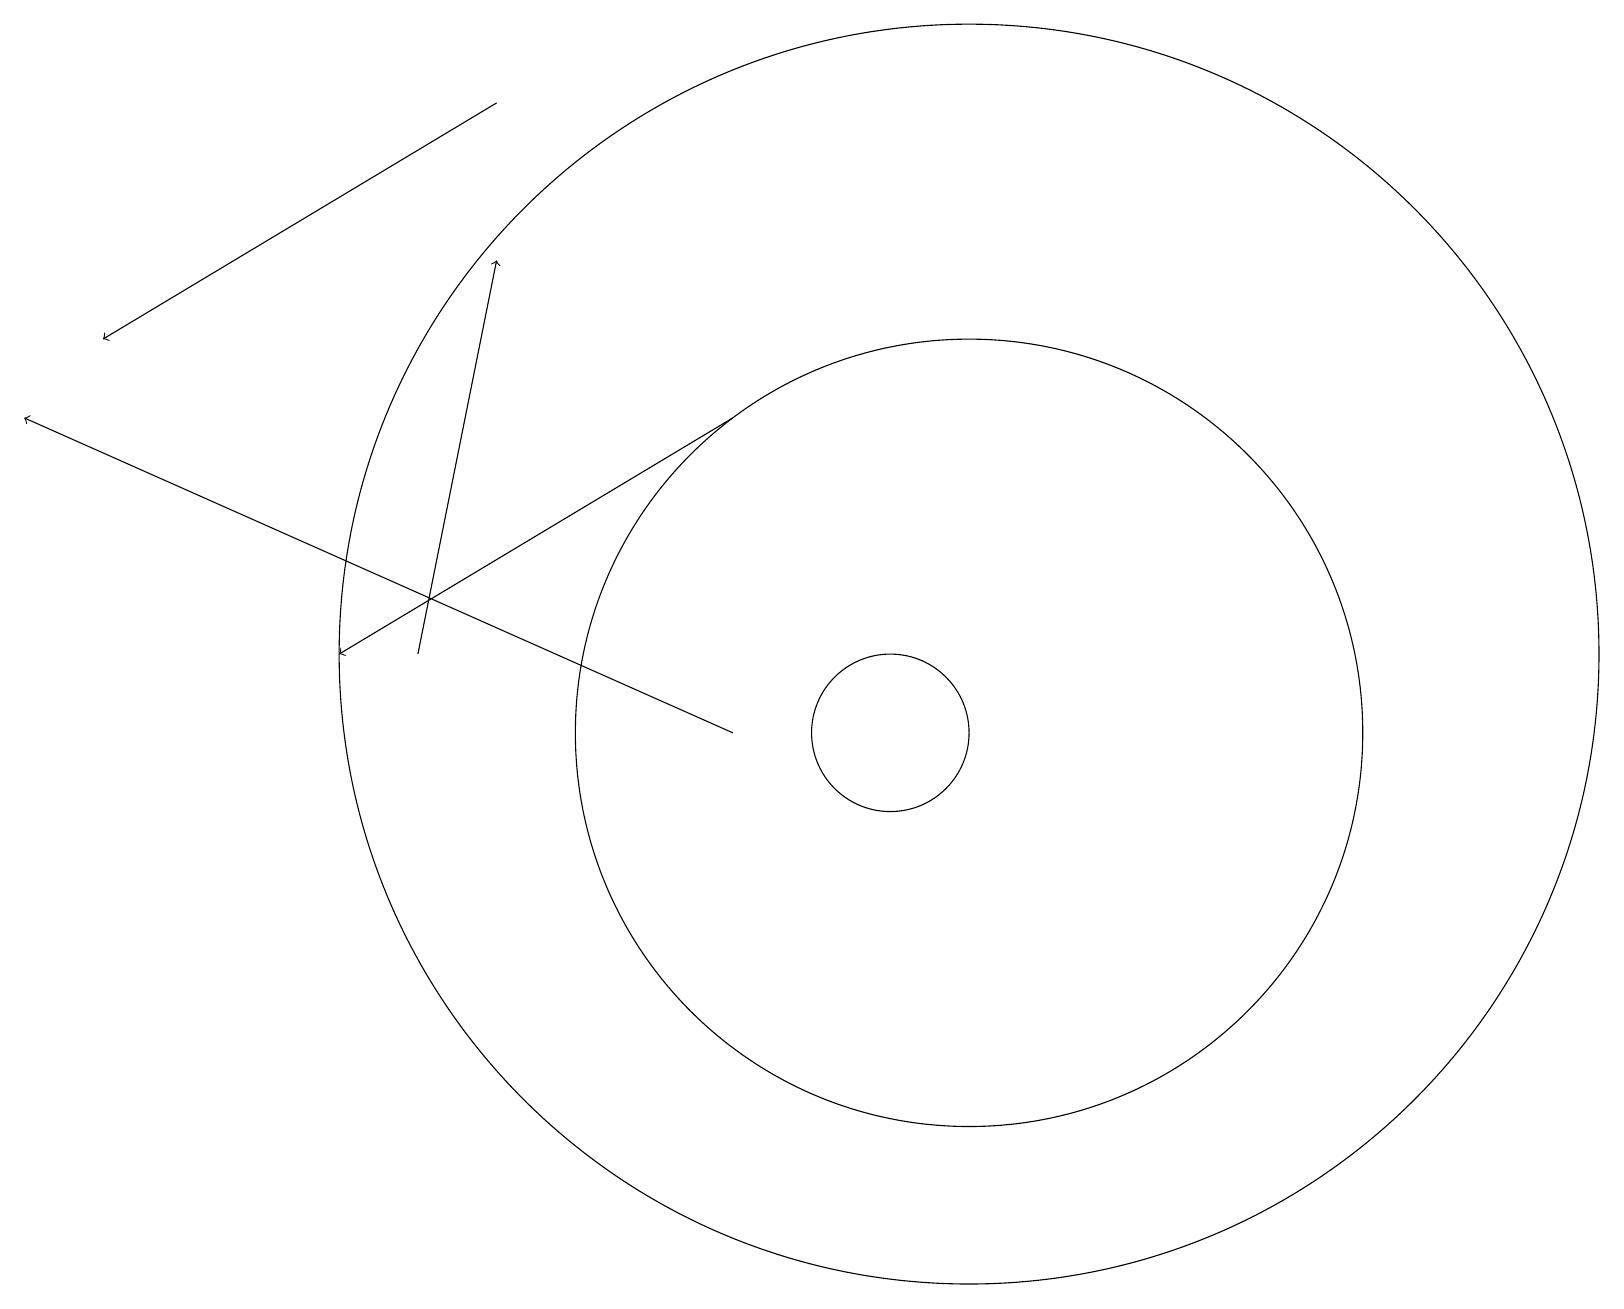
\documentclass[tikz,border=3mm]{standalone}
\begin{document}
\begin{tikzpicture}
\draw[->] (5,11) -- (6,16);
\draw (11,10) circle (1);
\draw[->] (9,14) -- (4,11);
\draw[->] (6,18) -- (1,15);
\draw (12,11) circle (8);
\draw (12,10) circle (5);
\draw[->] (9,10) -- (0,14);
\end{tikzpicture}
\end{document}